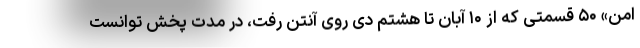
امن» ۵۰ قسمتی که از ۱۰ آبان تا هشتم دی روی آنتن رفت، در مدت پخش توانست